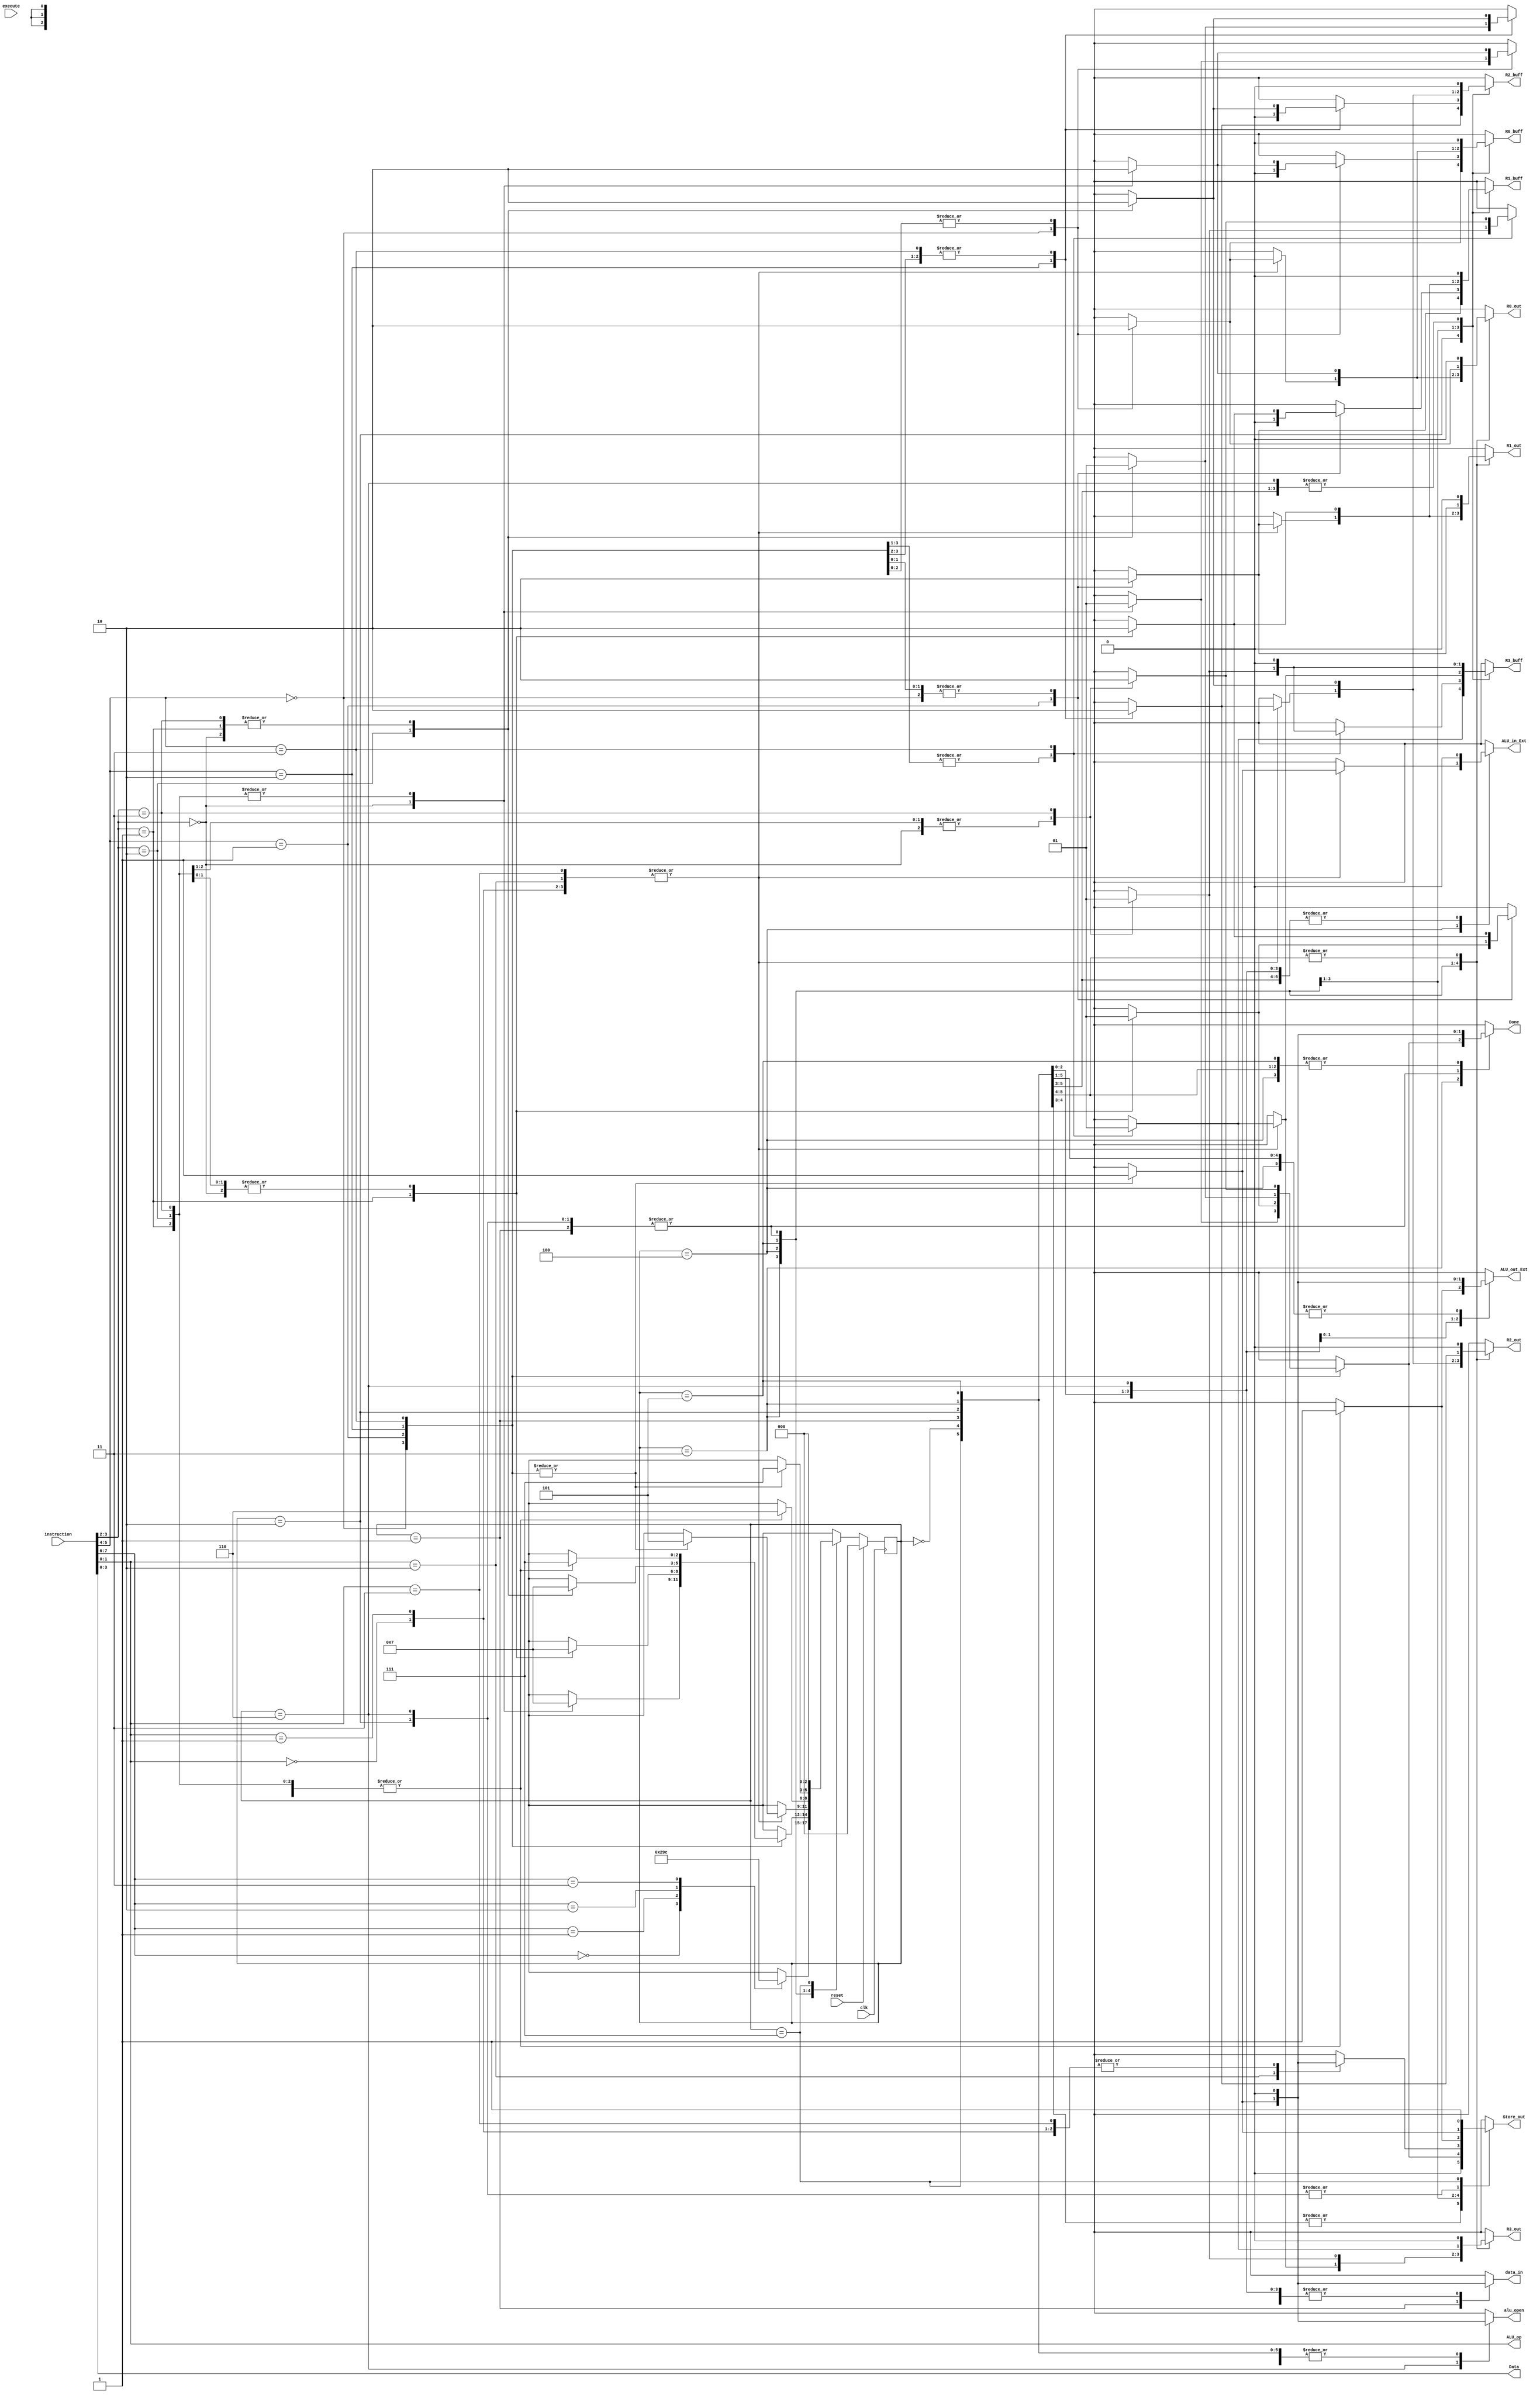
 ///////////////////////////////////////////////////////////////////////////////
 //
 // Class:  CS/ECE 3700
 // Module: cpu_control.v
 // Project: Project - 4-bit CPU (processor)
 // Description: Design a simple 4-bit CPU (Processor)
 //   CPU Controller Module
 //
 ///////////////////////////////////////////////////////////////////////////////

module cpu_control(reset, clk, execute, instruction, Done, Data, ALU_op,
                   data_in, R0_out, R1_out, R2_out, R3_out, Store_out, R0_buff, R1_buff,
                   R2_buff, R3_buff, ALU_in_Ext, ALU_out_Ext, alu_open);  
                         
    input reset, clk, execute;
    input [7:0] instruction;

    //control signals to send to datapath 
    output reg R0_buff, R1_buff, R2_buff, R3_buff;
    output reg data_in, R0_out, R1_out, R2_out, R3_out, Store_out, Done;
    output reg ALU_in_Ext, ALU_out_Ext, alu_open;
    
    //send data and ALU_op to datapath
    output [3:0] Data;
    output [1:0] ALU_op;
    
    reg [2:0] state, next_state;
    
    parameter [2:0] IDLE = 3'b000, LOAD = 3'b001, STORE = 3'b010, MOVE = 3'b011, 
    ALU = 3'b100, ALU2 = 3'b101, ALU3 = 3'b110, STOPSTATE = 3'b111;

    assign ALU_op = instruction[1:0];
    assign Data = instruction[3:0];
    
    always @ (posedge clk)
        if (reset)
            state <= IDLE;
        else
            state <= next_state;
            
    always @ (*)
        begin
        
          data_in = 1'b0; R0_out = 1'b0; R1_out = 1'b0; R2_out = 1'b0; R3_out = 1'b0; Done = 1'b0; 
          Store_out = 1'b0; R0_buff = 1'b0; R1_buff = 1'b0; R2_buff = 1'b0; R3_buff = 1'b0; 
          ALU_in_Ext = 1'b0; ALU_out_Ext = 1'b0; alu_open = 1'b0;

                case (state)
                        
                        IDLE:  
                                begin
                                    case (instruction[7:6])
                                        2'b00:  begin next_state = LOAD; end
                                        2'b01:  begin next_state = STORE; end
                                        2'b10:  begin next_state = MOVE; end
                                        2'b11:  begin next_state = ALU; end
                                        default:  begin next_state = IDLE; end
                                    endcase
                                end
                                    
                        LOAD:  begin
                                    
                                    //case Rx
                                    case (instruction[5:4])
                                        2'b00:  begin R0_out = 1'b1; data_in = 1'b1;  
                                                      Done = 1'b1; 
                                                      next_state = STOPSTATE; end
                                                      
                                        2'b01:  begin R1_out = 1'b1; data_in = 1'b1; 
                                                      Done = 1'b1; 
                                                      next_state = STOPSTATE; end
                                                      
                                        2'b10:  begin R2_out = 1'b1; data_in = 1'b1; 
                                                      Done = 1'b1; 
                                                      next_state = STOPSTATE; end
                                                      
                                        2'b11:  begin R3_out = 1'b1; data_in = 1'b1; 
                                                      Done = 1'b1; 
                                                      next_state = STOPSTATE; end
                                                      
                                        default:  begin next_state = IDLE; end
                                    endcase
                                 end
                                    
                        STORE: begin
                                    
                                    //case Rx
                                    case (instruction[5:4])
                                        2'b00:  begin R0_buff = 1'b1; R0_out = 1'b1;  
                                                      Done = 1'b1; Store_out = 1'b1; 
                                                      next_state = STOPSTATE; end
                                                      
                                        2'b01:  begin R1_buff = 1'b1; R1_out = 1'b1;
                                                      Done = 1'b1; Store_out = 1'b1; 
                                                      next_state = STOPSTATE; end
                                                      
                                        2'b10:  begin R2_buff = 1'b1; R2_out = 1'b1;
                                                      Done = 1'b1; Store_out = 1'b1; 
                                                      next_state = STOPSTATE; end
                                                      
                                        2'b11:  begin R3_buff = 1'b1; R3_out = 1'b1;
                                                      Done = 1'b1; Store_out = 1'b1; 
                                                      next_state = STOPSTATE; end
                                                      
                                        default:  begin next_state = IDLE; end
                                    endcase
                                 end
                                 
                        MOVE: begin
                                    case (instruction[5:4])
                                        //Rx = R0
                                        2'b00:  begin 
                                                    //Ry = R1
                                                    case (instruction[3:2])
                                                        2'b00:  begin next_state = IDLE; end

                                                        2'b01:  begin R1_out = 1'b1; R1_buff = 1'b1; 
                                                                        R0_out = 1'b1; 
                                                                      Store_out = 1'b1; Done = 1'b1; 
                                                                      next_state = STOPSTATE; end
                                                                      
                                                        2'b10:  begin R2_out = 1'b1; R2_buff = 1'b1; 
                                                                        R0_out = 1'b1; 
                                                                      Store_out = 1'b1; Done = 1'b1; 
                                                                      next_state = STOPSTATE; end
                                                                      
                                                        2'b11:  begin R3_out = 1'b1; R3_buff = 1'b1; 
                                                                        R0_out = 1'b1; 
                                                                      Store_out = 1'b1; Done = 1'b1; 
                                                                      next_state = STOPSTATE;  end
                                                                      
                                                        default:  begin next_state = IDLE; end
                                                    endcase
                                                  end
                                                  
                                        //Rx = R1
                                        2'b01:  begin 
                                                    //Ry = R0
                                                    case (instruction[3:2])
                                                        2'b00:  begin R0_out = 1'b1; R0_buff = 1'b1; 
                                                                        R1_out = 1'b1; 
                                                                      Store_out = 1'b1; Done = 1'b1; 
                                                                      next_state = STOPSTATE; end
                                                                      
                                                        2'b01:  begin next_state = IDLE; end
                                                        2'b10:  begin R2_out = 1'b1; R2_buff = 1'b1; 
                                                                        R1_out = 1'b1; 
                                                                      Store_out = 1'b1; Done = 1'b1; 
                                                                      next_state = STOPSTATE; end
                                                                      
                                                        2'b11:  begin R3_out = 1'b1; R3_buff = 1'b1; 
                                                                        R1_out = 1'b1; 
                                                                      Store_out = 1'b1; Done = 1'b1; 
                                                                      next_state = STOPSTATE; end
                                                                      
                                                        default:  begin next_state = IDLE; end
                                                    endcase
                                                  end
                                        
                                        //Rx = R2
                                        2'b10:  begin 
                                                    //Ry = R0
                                                    case (instruction[3:2])
                                                        2'b00:  begin R0_out = 1'b1; R0_buff = 1'b1; 
                                                                      R2_out = 1'b1; Store_out = 1'b1;
                                                                      Done = 1'b1; next_state = STOPSTATE; end
                                                                      
                                                        2'b01:  begin R1_out = 1'b1; R1_buff = 1'b1; 
                                                                      R2_out = 1'b1; Store_out = 1'b1;
                                                                      Done = 1'b1; next_state = STOPSTATE; end
                                                                      
                                                        2'b10:  begin next_state = IDLE; end
                                                        
                                                        2'b11:  begin R3_out = 1'b1; R3_buff = 1'b1; 
                                                                      R2_out = 1'b1; Store_out = 1'b1;
                                                                      Done = 1'b1; next_state = STOPSTATE;  end
                                                                      
                                                        default:  begin next_state = IDLE; end
                                                    endcase
                                                  end
                                                  
                                        //Rx = R3
                                        2'b11:  begin 
                                                    //Ry
                                                    case (instruction[3:2])
                                                        2'b00:  begin R0_out = 1'b1; R0_buff = 1'b1; 
                                                                        R3_out = 1'b1; 
                                                                      Store_out = 1'b1; Done = 1'b1; 
                                                                        next_state = STOPSTATE;  end
                                                                        
                                                        2'b01:  begin R1_out = 1'b1; R1_buff = 1'b1; 
                                                                        R3_out = 1'b1; 
                                                                      Store_out = 1'b1; Done = 1'b1; 
                                                                        next_state = STOPSTATE; end
                                                                        
                                                        2'b10:  begin R2_out = 1'b1; R2_buff = 1'b1; 
                                                                        R3_out = 1'b1; 
                                                                      Store_out = 1'b1; Done = 1'b1; 
                                                                      next_state = STOPSTATE; end
                                                                      
                                                        2'b11:  begin next_state = STOPSTATE;  end
                                                        default:  begin next_state = IDLE; end
                                                    endcase
                                                  end 
                                        default:  begin next_state = IDLE; end
                                    endcase
                                end
                                
                        ALU:  begin
                                    case (instruction[1:0])
                                        
                                        //ADD
                                        2'b00:  begin
                                                    case (instruction[5:4])
                                                        2'b00:  begin R0_out = 1'b1; R0_buff = 1'b1; 
                                                                      ALU_in_Ext = 1'b1;
                                                                        next_state = ALU2; end
                                                                        
                                                        2'b01:  begin R1_out = 1'b1; R1_buff = 1'b1; 
                                                                      ALU_in_Ext = 1'b1;
                                                                        next_state = ALU2; end
                                                                        
                                                        2'b10:  begin R2_out = 1'b1; R2_buff = 1'b1; 
                                                                      ALU_in_Ext = 1'b1;
                                                                        next_state = ALU2; end
                                                                        
                                                        2'b11:  begin R3_out = 1'b1; R3_buff = 1'b1; 
                                                                      ALU_in_Ext = 1'b1;
                                                                        next_state = ALU2; end
                                                                        
                                                        default:  begin next_state = ALU; end
                                                    endcase
                                                end
                                        
                                        //SUB
                                        2'b01:  begin
                                                    case (instruction[5:4])
                                                        2'b00:  begin R0_out = 1'b1; R0_buff = 1'b1; 
                                                                      ALU_in_Ext = 1'b1;
                                                                        next_state = ALU2; end
                                                                        
                                                        2'b01:  begin R1_out = 1'b1; R1_buff = 1'b1; 
                                                                      ALU_in_Ext = 1'b1;
                                                                        next_state = ALU2; end
                                                                        
                                                        2'b10:  begin R2_out = 1'b1; R2_buff = 1'b1; 
                                                                      ALU_in_Ext = 1'b1;
                                                                        next_state = ALU2; end
                                                                        
                                                        2'b11:  begin R3_out = 1'b1; R3_buff = 1'b1; 
                                                                      ALU_in_Ext = 1'b1;
                                                                        next_state = ALU2; end
                                                                        
                                                        default:  begin next_state = ALU; end
                                                    endcase
                                                end
                                        
                                        //AND
                                        2'b10:  begin
                                                    case (instruction[5:4])
                                                        2'b00:  begin R0_out = 1'b1; R0_buff = 1'b1; 
                                                                      Store_out = 1'b1; ALU_in_Ext = 1'b1;
                                                                      next_state = ALU2; end
                                                                      
                                                        2'b01:  begin R1_out = 1'b1; R1_buff = 1'b1; 
                                                                      Store_out = 1'b1; ALU_in_Ext = 1'b1;
                                                                        next_state = ALU2; end
                                                                        
                                                        2'b10:  begin R2_out = 1'b1; R2_buff = 1'b1; 
                                                                      Store_out = 1'b1; ALU_in_Ext = 1'b1;
                                                                        next_state = ALU2; end
                                                                        
                                                        2'b11:  begin R3_out = 1'b1; R3_buff = 1'b1; 
                                                                      Store_out = 1'b1; ALU_in_Ext = 1'b1;
                                                                        next_state = ALU2; end
                                                                        
                                                        default:  begin next_state = ALU; end
                                                    endcase
                                                end
                                        
                                        //NOT
                                        2'b11:  begin
                                                    case (instruction[5:4])
                                                        2'b00:  begin R0_out = 1'b1; R0_buff = 1'b1; 
                                                                      ALU_in_Ext = 1'b1;
                                                                      next_state = ALU2; end
                                                                    
                                                        2'b01:  begin R1_out = 1'b1; R1_buff = 1'b1; 
                                                                      ALU_in_Ext = 1'b1;
                                                                      next_state = ALU2; end
                                                                      
                                                        2'b10:  begin R2_out = 1'b1; R2_buff = 1'b1; 
                                                                      ALU_in_Ext = 1'b1;
                                                                      next_state = ALU2; end
                                                                      
                                                        2'b11:  begin R3_out = 1'b1; R3_buff = 1'b1; 
                                                                      ALU_in_Ext = 1'b1;
                                                                      next_state = ALU2; end
                                                                      
                                                        default:  begin next_state = ALU; end
                                                    endcase
                                                end
                                        default:  begin next_state = ALU; end
                                    endcase
                                end
                                
                        ALU2:  begin
                                    case (instruction[3:2])
                                        2'b00:  begin R0_out = 1'b1; R0_buff = 1'b1; 
                                                      Store_out = 1'b1; ALU_out_Ext = 1'b1; 
                                                      next_state = ALU3; end
                                                      
                                        2'b01:  begin R1_out = 1'b1; R1_buff = 1'b1; 
                                                      Store_out = 1'b1; ALU_out_Ext = 1'b1; 
                                                      next_state = ALU3; end
                                                      
                                        2'b10:  begin R2_out = 1'b1; R2_buff = 1'b1; 
                                                      Store_out = 1'b1; ALU_out_Ext = 1'b1; 
                                                      next_state = ALU3; end
                                                      
                                        2'b11:  begin R3_out = 1'b1; R3_buff = 1'b1; 
                                                      Store_out = 1'b1; ALU_out_Ext = 1'b1; 
                                                      next_state = ALU3; end
                                                      
                                        default:  begin next_state = ALU; end
                                    endcase
                                end
                                
                        ALU3:  begin
                                    case (instruction[5:4])
                                        2'b00:  begin  ALU_out_Ext = 1'b1; alu_open = 1'b1; 
                                                       R0_out = 1'b1; Store_out = 1'b1; 
                                                       Done = 1'b1; next_state = STOPSTATE; end
                                                       
                                        2'b01:  begin  alu_open = 1'b1; R1_out = 1'b1; 
                                                       ALU_out_Ext = 1'b1;  Store_out = 1'b1; 
                                                       Done = 1'b1; next_state = STOPSTATE; end
                                                       
                                        2'b10:  begin  alu_open = 1'b1; R2_out = 1'b1; 
                                                       ALU_out_Ext = 1'b1; Store_out = 1'b1; 
                                                       Done = 1'b1; next_state = STOPSTATE; end
                                                       
                                        2'b11:  begin  alu_open = 1'b1; R3_out = 1'b1; 
                                                       ALU_out_Ext = 1'b1; Store_out = 1'b1; 
                                                       Done = 1'b1; next_state = STOPSTATE; end
                                                       
                                        default:  begin next_state = STOPSTATE; end
                                    endcase
                                end
                                
                        STOPSTATE:  begin Store_out = 1'b1; next_state = IDLE; end
                        default:  begin next_state = IDLE; end
                endcase
        end
endmodule